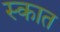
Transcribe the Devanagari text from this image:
स्कात